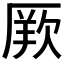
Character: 𭆏